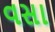
વસા